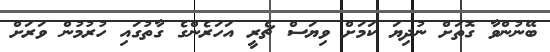
ބޭނުންވާ ގޮތަށް ނުދިޔަ ކަމަށް ވިޔަސް ޗެރީ އަހަރެންގެ ގާތުގައި ހުރުމުން ވަރަށް